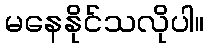
မနေနိုင်သလိုပါ။